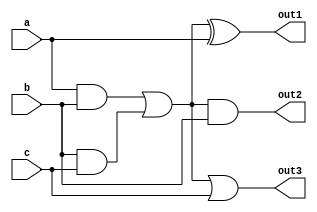
module comb_logic_block (
    input wire [3:0] a,      // 4-bit input signal
    input wire [3:0] b,      // 4-bit input signal
    input wire [3:0] c,      // 4-bit input signal
    output wire [3:0] out1,  // Output signal 1
    output wire [3:0] out2,  // Output signal 2
    output wire [3:0] out3   // Output signal 3
);

// Shared Logic Block
wire [3:0] shared_logic;

// Implementing shared logic
assign shared_logic = (a & b) | (b & c); // Example of common logic path

// Output Logic
assign out1 = shared_logic ^ a; // Output 1 using shared logic and input a
assign out2 = shared_logic & b; // Output 2 using shared logic and input b
assign out3 = shared_logic | c; // Output 3 using shared logic and input c

endmodule